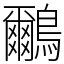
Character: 鸍